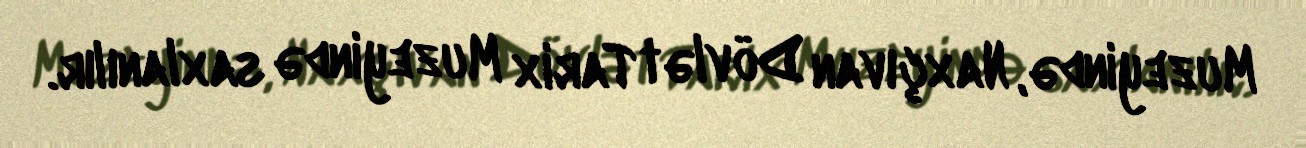
Muzeyində, Naxçıvan Dövlət Tarix Muzeyində saxlanılır.